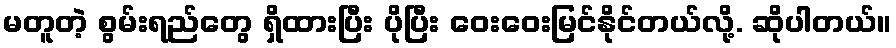
မတူတဲ့ စွမ်းရည်တွေ ရှိထားပြီး ပိုပြီး ဝေးဝေးမြင်နိုင်တယ်လို့. ဆိုပါတယ်။